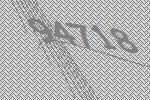
94718